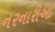
નરનારીઓ